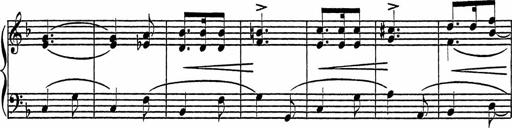
Title: Piano Sonatinas
Composer: Charles Fradel